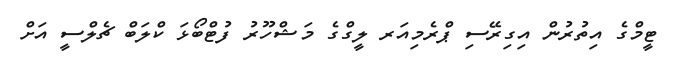
ޓީމްގެ އިތުރުން އިގިރޭސި ޕްރެމިއަރ ލީގްގެ މަޝްހޫރު ފުޓްބޯޅަ ކްލަބް ޗެލްސީ އަށް